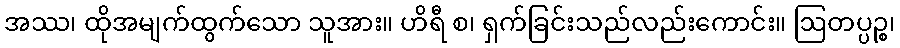
အဿ၊ ထိုအမျက်ထွက်သော သူအား။ ဟိရီ စ၊ ရှက်ခြင်းသည်လည်းကောင်း။ ဩတပ္ပဉ္စ၊